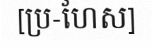
[ប្រ-ហែស]